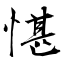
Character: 愖